Vaccination in the Punjab 1919-1929 - 1919-1929
Year: 1919
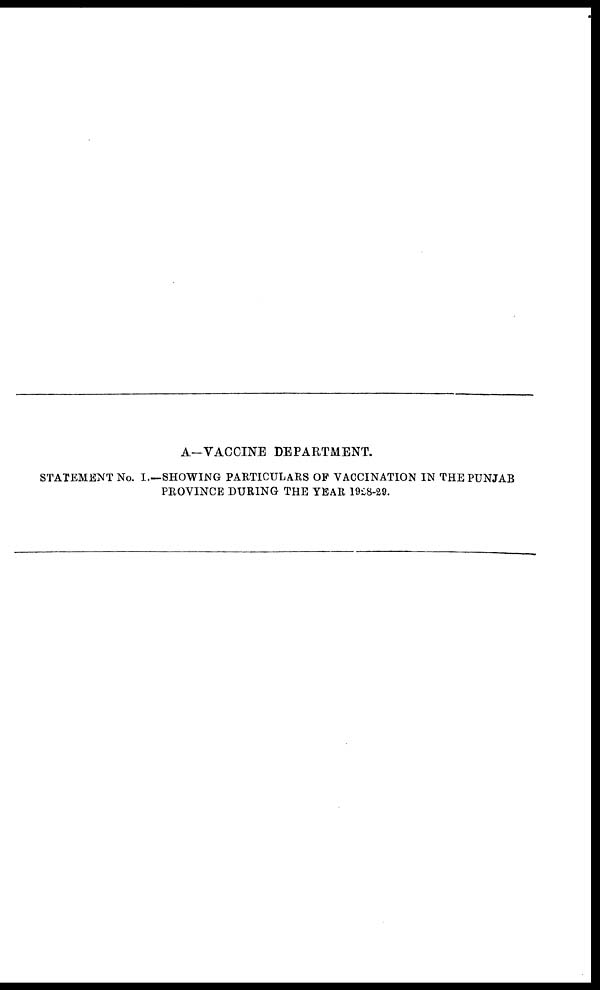
A.—VACCINE DEPARTMENT.
STATEMENT No. I.—SHOWING PARTICULARS OF VACCINATION IN THE PUNJAB
PROVINCE DURING THE YEAR 1928-29.